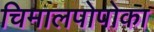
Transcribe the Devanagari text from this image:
चिमालपोपोका